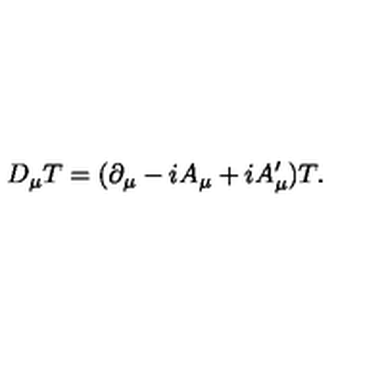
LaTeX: D _ { \mu } T = ( \partial _ { \mu } - i A _ { \mu } + i A _ { \mu } ^ { \prime } ) T .